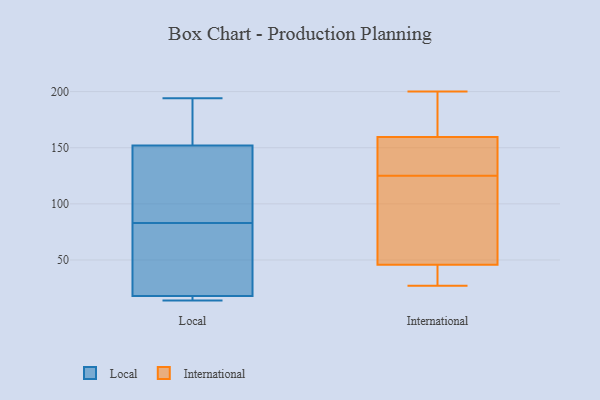
{"axis": {"x": "Backlog", "y": "Value"}, "legend": ["International", "Local"], "data": [{"x": "", "y": 194, "type": "Local"}, {"x": "", "y": 18, "type": "Local"}, {"x": "", "y": 17, "type": "Local"}, {"x": "", "y": 95, "type": "Local"}, {"x": "", "y": 32, "type": "Local"}, {"x": "", "y": 14, "type": "Local"}, {"x": "", "y": 152, "type": "Local"}, {"x": "", "y": 152, "type": "Local"}, {"x": "", "y": 71, "type": "Local"}, {"x": "", "y": 127, "type": "Local"}, {"x": "", "y": 103, "type": "International"}, {"x": "", "y": 127, "type": "International"}, {"x": "", "y": 173, "type": "International"}, {"x": "", "y": 140, "type": "International"}, {"x": "", "y": 48, "type": "International"}, {"x": "", "y": 39, "type": "International"}, {"x": "", "y": 200, "type": "International"}, {"x": "", "y": 27, "type": "International"}, {"x": "", "y": 159, "type": "International"}, {"x": "", "y": 139, "type": "International"}, {"x": "", "y": 34, "type": "International"}, {"x": "", "y": 39, "type": "International"}, {"x": "", "y": 173, "type": "International"}, {"x": "", "y": 81, "type": "International"}, {"x": "", "y": 108, "type": "International"}, {"x": "", "y": 161, "type": "International"}, {"x": "", "y": 125, "type": "International"}]}